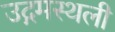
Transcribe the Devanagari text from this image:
उद्गमस्थली